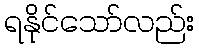
ရနိုင်သော်လည်း